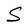
Character: S